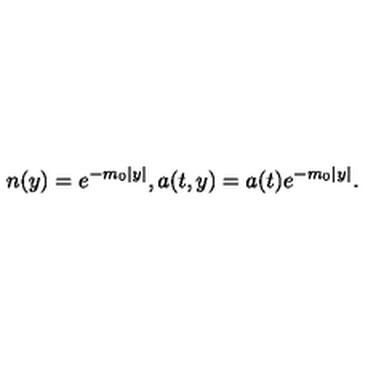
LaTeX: n ( y ) = e ^ { - m _ { 0 } | y | } , a ( t , y ) = a ( t ) e ^ { - m _ { 0 } | y | } .